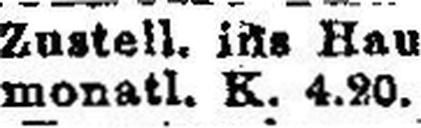
monatl. K. 4.20.